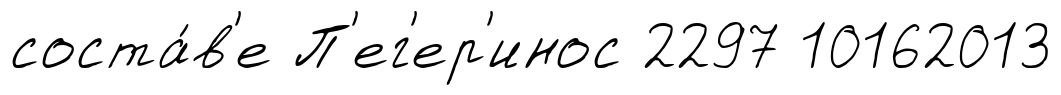
соста́в'е П'ег'ер'инос 2297 10162013